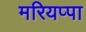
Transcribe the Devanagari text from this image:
मरियप्पा